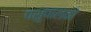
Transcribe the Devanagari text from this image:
पशुपालको